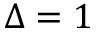
\Delta = 1